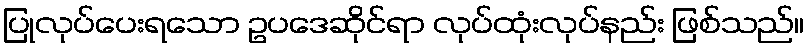
ပြုလုပ်ပေးရသော ဥပဒေဆိုင်ရာ လုပ်ထုံးလုပ်နည်း ဖြစ်သည်။